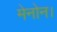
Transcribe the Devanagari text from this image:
मेनोन।